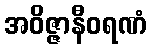
အဝိဇ္ဇာနီဝရဏံ